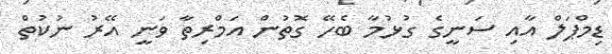
ޑިމްޕަލް އާއި ސަނީގެ ގުޅުމާ ބެހޭ ގޮތުން އަމްރިތާ ވަނީ އޭރު ނުކުތް